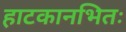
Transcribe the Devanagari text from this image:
हाटकानभितः